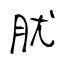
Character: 肬